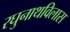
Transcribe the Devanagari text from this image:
रघुनाथविलास